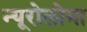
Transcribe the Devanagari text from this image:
न्यूरोलोमा